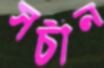
সচীন